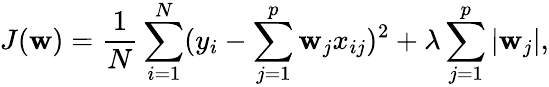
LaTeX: J(\mathbf{w})=\frac{{1}}{{N}}\sum_{i=1}^{N}(y_{i}-\sum_{j=1}^{p}\mathbf{w}_{j}x_{ij})^{2}+\lambda\sum_{j=1}^{p}|\mathbf{w}_{j}|,